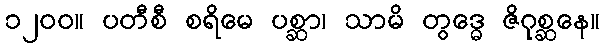
၁၂၀၀။ ပတီစီ စရိမေ ပစ္ဆာ၊ သာမိ တွဒ္ဓေ ဇိဂုစ္ဆနေ။